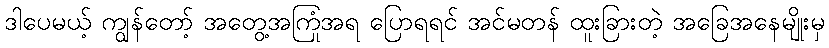
ဒါပေမယ့် ကျွန်တော့် အတွေ့အကြုံအရ ပြောရရင် အင်မတန် ထူးခြားတဲ့ အခြေအနေမျိုးမှ